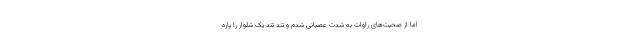
اما از صحبت‌های راوات به شدت عصبانی شدم و تند تند یک شلوار را پاره